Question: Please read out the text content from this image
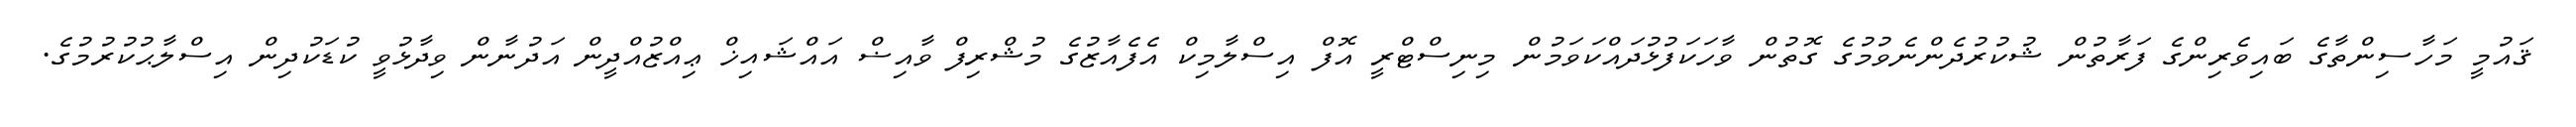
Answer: ޤައުމީ މަހާސިންތާގެ ބައިވެރިންގެ ފަރާތުން ޝުކުރުދެންނެވުމުގެ ގޮތުން ވާހަކަފުޅުދައްކަވަމުން މިނިސްޓްރީ އޮފް އިސްލާމިކް އެފެއާޒުގެ މުޝްރިފް ވާއިޟް އައްޝައިޚް ޢިއްޒުއްދީން އަދުނާން ވިދާޅުވީ ކުޑަކުދިން އިސްލާޙުކުރުމުގެ.